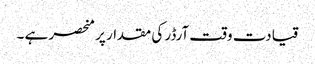
قیادت وقت آرڈر کی مقدار پر منحصر ہے ۔